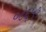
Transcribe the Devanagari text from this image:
०८६५१